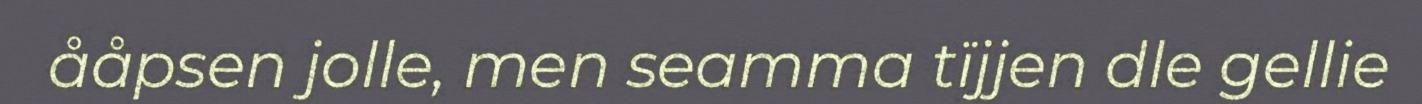
ååpsen jolle, men seamma tïjjen dle gellie